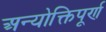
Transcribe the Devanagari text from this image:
अन्योक्तिपूर्ण